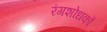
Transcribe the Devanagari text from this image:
रंगशोधकों